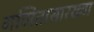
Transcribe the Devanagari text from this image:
गणितासारख्या